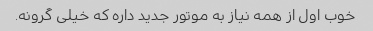
خوب اول از همه نیاز به موتور جدید داره که خیلی گرونه.